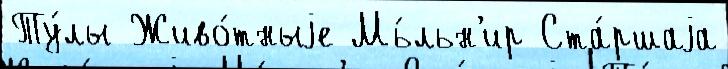
Ту́лы Живо́тныjе Мь́льн'ир Ста́ршаjа